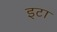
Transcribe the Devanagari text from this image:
इटा